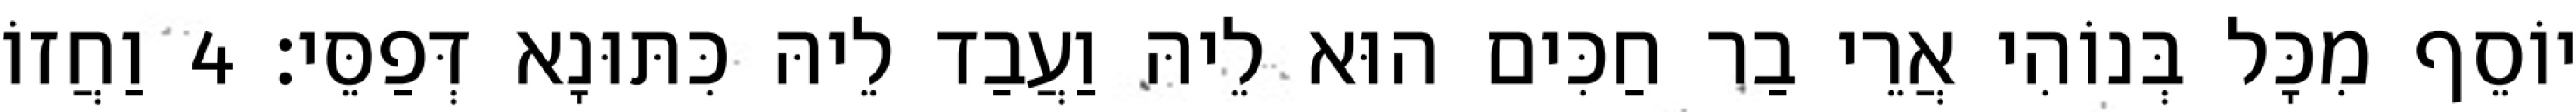
יוֹסֵף מִכָּל בְּנוֹהִי אֲרֵי בַר חַכִּים הוּא לֵיהּ וַעֲבַד לֵיהּ כִּתּוּנָא דְּפַסֵּי׃ 4 וַחֲזוֹ